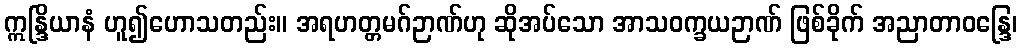
ဣန္ဒြိယာနံ ဟူ၍ဟောသတည်း။ အရဟတ္တမဂ်ဉာဏ်ဟု ဆိုအပ်သော အာသဝက္ခယဉာဏ် ဖြစ်ခိုက် အညာတာဝန္ဒြေ၊